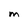
Character: m